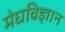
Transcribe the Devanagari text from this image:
मेघविज्ञान